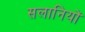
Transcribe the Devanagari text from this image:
सलानियों